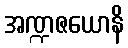
အဏ္ဍဇယောနိ